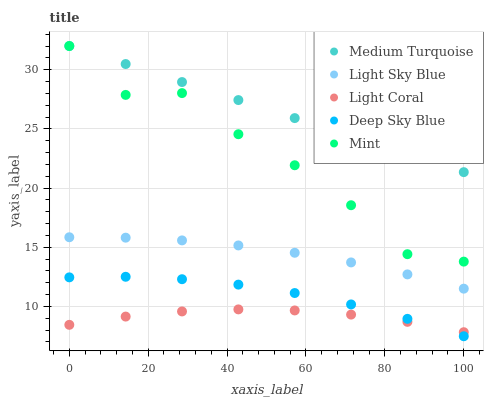
| xaxis_label | Medium Turquoise | Light Sky Blue | Light Coral | Deep Sky Blue | Mint |
 | --- | --- | --- | --- | --- | --- |
 | 0 | 32 | 15.8 | 8.45 | 12.5 | 32 |
 | 14.3 | 30.5 | 15.8 | 9.14 | 12.5 | 27.9 |
 | 28.6 | 29 | 15.6 | 9.58 | 12.3 | 28 |
 | 42.9 | 27.4 | 15.2 | 9.75 | 11.8 | 24.5 |
 | 57.1 | 25.9 | 14.5 | 9.66 | 11.1 | 21.9 |
 | 71.4 | 24.4 | 13.7 | 9.31 | 10.2 | 18.6 |
 | 85.7 | 22.9 | 12.7 | 8.7 | 8.95 | 14.4 |
 | 100 | 21.3 | 11.5 | 7.83 | 7.48 | 13.8 |